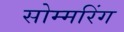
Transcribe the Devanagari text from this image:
सोम्मरिंग